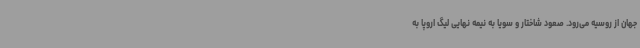
جهان از روسیه می‌رود. صعود شاختار و سویا به نیمه نهایی لیگ اروپا به